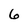
Character: 6